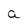
Character: a